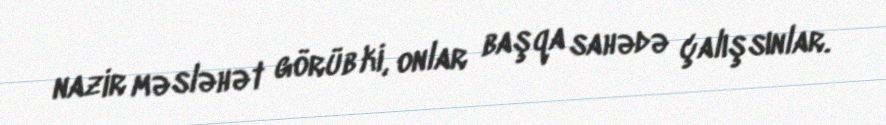
nazir məsləhət görüb ki, onlar başqa sahədə çalışsınlar.